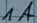
Text: 1A